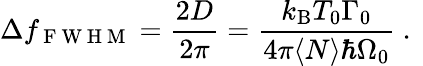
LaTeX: \Delta f_{\mathrm{~F~W~H~M~}}=\frac{2D}{2\pi}=\frac{k_{\mathrm{B}}T_{0}\Gamma_{0}}{4\pi\langle N\rangle\hbar\Omega_{0}}\mathrm{~.~}